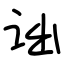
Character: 诎